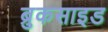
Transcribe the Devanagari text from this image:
ब्रुकसाइड